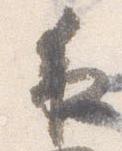
夜